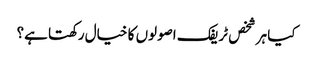
کیا ہر شخص ٹریفک اصولوں کا خیال رکھتا ہے؟